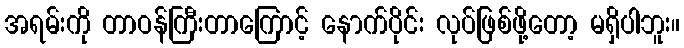
အရမ်းကို တာဝန်ကြီးတာကြောင့် နောက်ပိုင်း လုပ်ဖြစ်ဖို့တော့ မရှိပါဘူး။